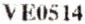
VE0514